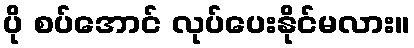
ပို စပ်အောင် လုပ်ပေးနိုင်မလား။